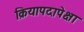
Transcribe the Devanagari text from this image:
क्रियापदापेक्षा